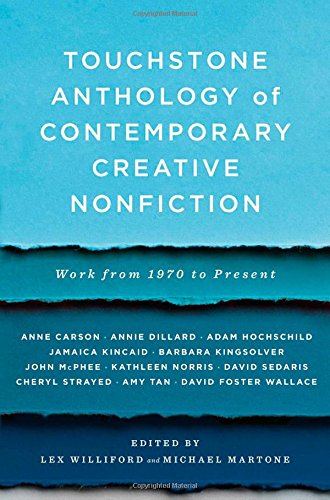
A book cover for Touchstone Anthology of Contemporary Creative Nonfiction: Work from 1970 to the Present; Literature & Fiction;